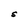
Character: S